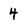
Character: 4